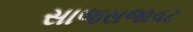
સાજસજાવટ